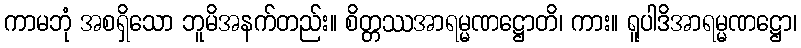
ကာမဘုံ အစရှိသော ဘူမိအနက်တည်း။ စိတ္တဿအာရမ္မဏဋ္ဌောတိ၊ ကား။ ရူပါဒိအာရမ္မဏဋ္ဌော၊